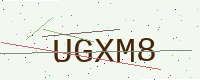
Text: UGXM8